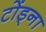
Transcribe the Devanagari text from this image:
टोंड्ना